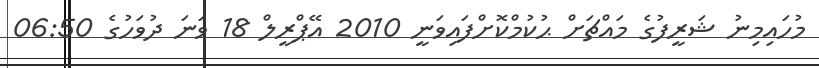
މުހައިމިނު ޝަރީފުގެ މައްޗަށް ޙުކުމްކޮށްފައިވަނީ 2010 އޭޕްރީލް 18 ވަނަ ދުވަހުގެ 06:50